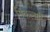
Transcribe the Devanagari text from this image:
निकलती